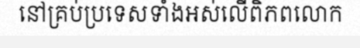
នៅគ្រប់ប្រទេសទាំងអស់លើពិភពលោក